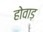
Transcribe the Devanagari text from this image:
होवाड़